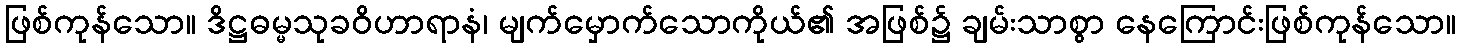
ဖြစ်ကုန်သော။ ဒိဋ္ဌဓမ္မသုခဝိဟာရာနံ၊ မျက်မှောက်သောကိုယ်၏ အဖြစ်၌ ချမ်းသာစွာ နေကြောင်းဖြစ်ကုန်သော။